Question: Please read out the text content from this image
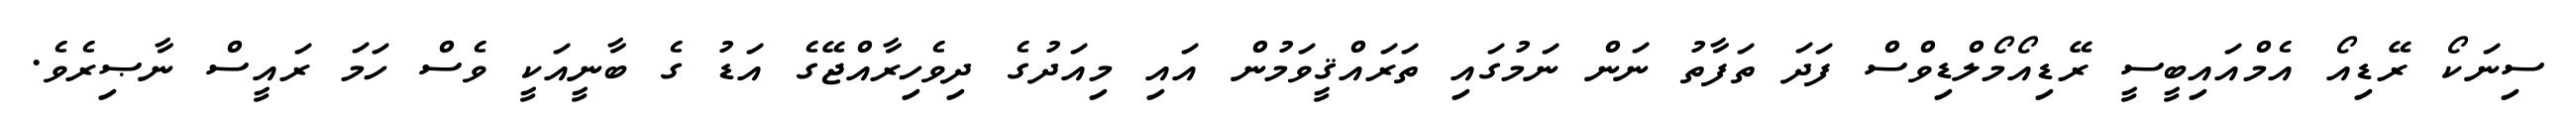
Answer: ސިނަކޯ ރޭޑިއޯ އެމްއައިބީސީ ރޭޑިއޯމޯލްޑިވްސް ފަދަ ތަފާތު ނަން ނަމުގައި ތަރައްޤީވަމުން އައި މިއަދުގެ ދިވެހިރާއްޖޭގެ އަޑު ގެ ބާނީއަކީ ވެސް ހަމަ ރައީސް ނާޞިރެވެ.